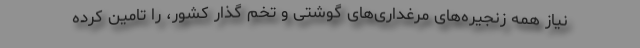
نیاز همه زنجیره‌های مرغداری‌های گوشتی و تخم گذار کشور، را تامین کرده